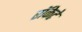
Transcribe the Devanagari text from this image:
रॉकेटे